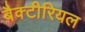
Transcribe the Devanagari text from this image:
बैक्‍टीरियल